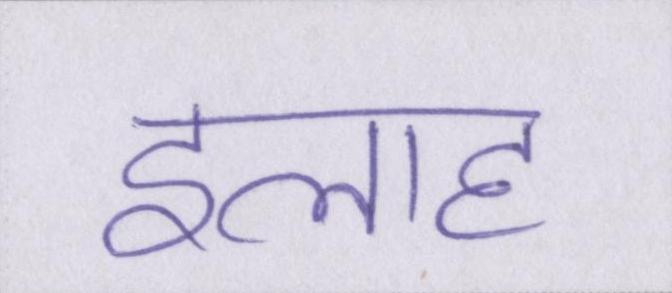
इलाह